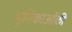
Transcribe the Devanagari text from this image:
भूमिकाओंकी